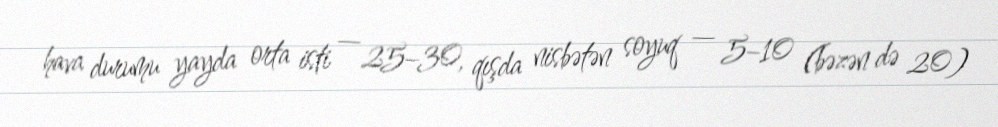
hava durumu yayda orta isti — 25–30, qışda nisbətən soyuq — 5–10 (bəzən də 20)